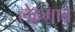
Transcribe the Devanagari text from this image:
लेहगाव